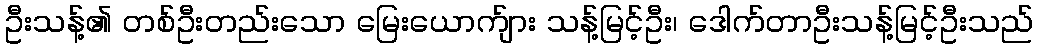
ဦးသန့်၏ တစ်ဦးတည်းသော မြေးယောက်ျား သန့်မြင့်ဦး၊ ဒေါက်တာဦးသန့်မြင့်ဦးသည်